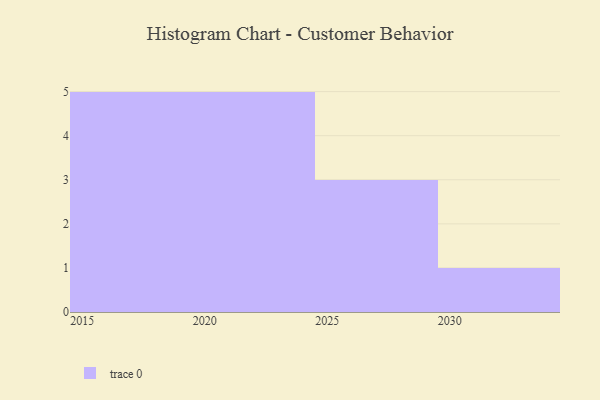
{"axis": {"x": "Year", "y": "Revenue (USD Million)"}, "legend": [""], "data": [{"x": "2016", "y": 3, "type": ""}, {"x": "2022", "y": 99, "type": ""}, {"x": "2025", "y": 32, "type": ""}, {"x": "2029", "y": 20, "type": ""}, {"x": "2020", "y": 75, "type": ""}, {"x": "2026", "y": 43, "type": ""}, {"x": "2019", "y": 34, "type": ""}, {"x": "2021", "y": 89, "type": ""}, {"x": "2015", "y": 10, "type": ""}, {"x": "2023", "y": 31, "type": ""}, {"x": "2030", "y": 82, "type": ""}, {"x": "2018", "y": 7, "type": ""}, {"x": "2024", "y": 77, "type": ""}, {"x": "2017", "y": 26, "type": ""}]}